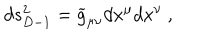
LaTeX: d s _ { D - 1 } ^ { 2 } = { \widetilde g } _ { \mu \nu } d x ^ { \mu } d x ^ { \nu } ~ ,